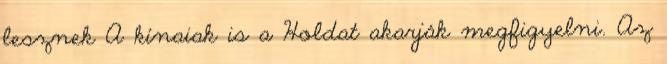
lesznek A kínaiak is a Holdat akarják megfigyelni. Az